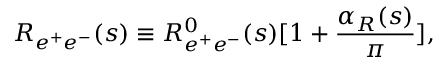
R _ { e ^ { + } e ^ { - } } ( s ) \equiv R _ { e ^ { + } e ^ { - } } ^ { 0 } ( s ) [ 1 + { \frac { \alpha _ { R } ( s ) } { \pi } } ] ,